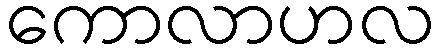
ကောလာဟလ